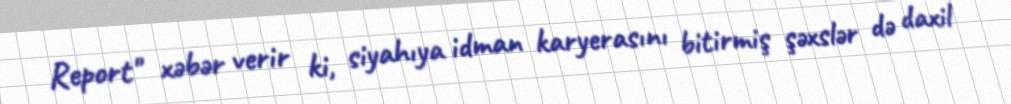
Report" xəbər verir ki, siyahıya idman karyerasını bitirmiş şəxslər də daxil